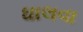
ઘાલવા